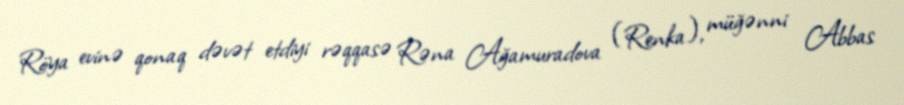
Röya evinə qonaq dəvət etdiyi rəqqasə Rəna Ağamuradova (Renka), müğənni Abbas